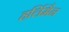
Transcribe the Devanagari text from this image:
हर्लिमैन